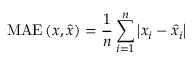
\mathrm { M A E } \left( \boldsymbol { x } , \hat { \boldsymbol { x } } \right) = \frac { 1 } { n } \sum _ { i = 1 } ^ { n } \left| x _ { i } - \hat { x } _ { i } \right|